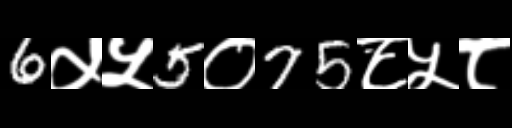
Text: 6५५5०75८५८